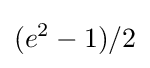
(e^{2}-1)/2